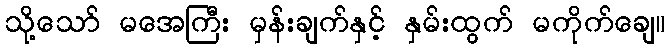
သို့သော် မအေကြီး မှန်းချက်နှင့် နှမ်းထွက် မကိုက်ချေ။